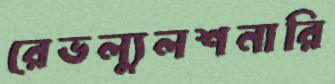
রেভল্যুলশনারি